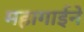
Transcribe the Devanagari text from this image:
महागाईने